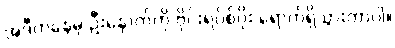
အဲဒီကနေမှ ဦးနှောက်ကို ဗိုင်းရပ်စ်ပိုး ရောက်ရှိသွားတာပါ။